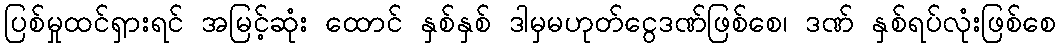
ပြစ်မှုထင်ရှားရင် အမြင့်ဆုံး ထောင် နှစ်နှစ် ဒါမှမဟုတ်ငွေဒဏ်ဖြစ်စေ၊ ဒဏ် နှစ်ရပ်လုံးဖြစ်စေ